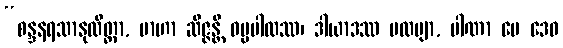
“စန္ဒနရသာနုလိတ္တာ, ဗာဟာ ဆိဇ္ဇန္တိ ဓမ္မပါလဿ၊ ဒါယာဒဿ ပထဗျာ, ပါဏာ မေ ဒေဝ